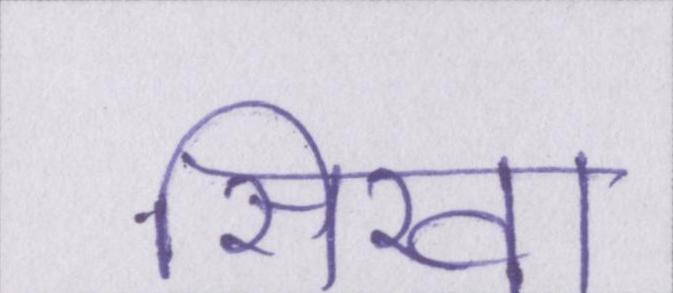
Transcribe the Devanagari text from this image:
सिखा